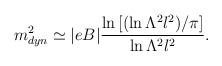
LaTeX: \begin{align*}m_{dyn}^2\simeq |eB| \frac{\ln\left[(\ln\Lambda^2l^2)/\pi \right]} {\ln\Lambda^2l^2}.\end{align*}